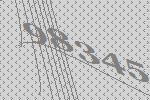
98345